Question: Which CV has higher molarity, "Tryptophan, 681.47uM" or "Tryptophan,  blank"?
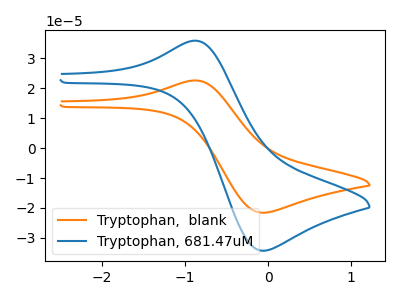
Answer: <think>The orange curve "Tryptophan,  blank" has an anodic peak at (-0.85V, 22.60uA) and a cathodic peak at (-0.05V, -21.60uA). The blue curve "Tryptophan, 681.47uM" has an anodic peak at (-0.85V, 35.85uA) and a cathodic peak at (-0.05V, -34.30uA).
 All the peaks in "Tryptophan, 681.47uM" have a peak in "Tryptophan,  blank" at the same potential. Every peak in "Tryptophan, 681.47uM" is higher than every peak in "Tryptophan,  blank".</think>
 <answer>"Tryptophan, 681.47uM" has more signal than "Tryptophan,  blank" and so likely has a higher concentration.</answer>
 <eval>more_concentration</eval>